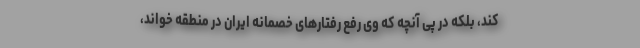
کند، بلکه در پی آنچه که وی رفع رفتارهای خصمانه ایران در منطقه خواند،